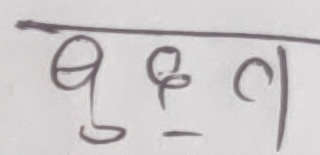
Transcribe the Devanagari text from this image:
घप्ण